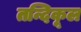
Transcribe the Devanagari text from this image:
तन्दिकूल